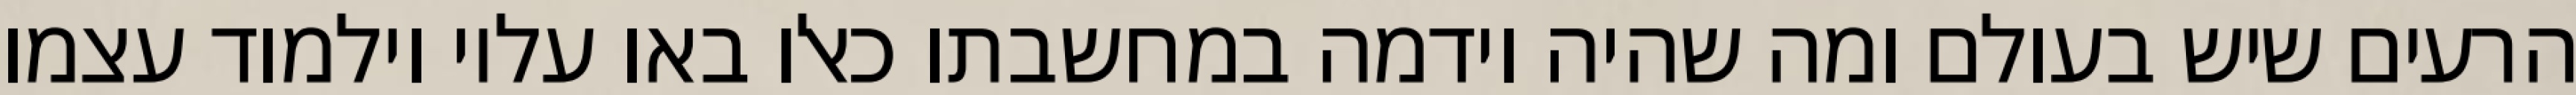
הרעים שיש בעולם ומה שהיה וידמה במחשבתו כאלו באו עליו וילמוד עצמו